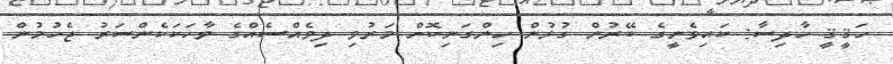
ހަޤީޤީ ހާދިސާ: ކައިވެނީގެ ބޭރުން ގުޅުން ހިންގަނިކޮށް މަރުވި ދިވެއްސެއްގެ ވާހަކަކެންސަރު ޖެހުމުން